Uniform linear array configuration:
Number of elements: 64
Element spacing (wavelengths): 0.5
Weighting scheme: cosine
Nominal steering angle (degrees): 15
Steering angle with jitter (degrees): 16.296
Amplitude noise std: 0.05
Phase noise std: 0.05

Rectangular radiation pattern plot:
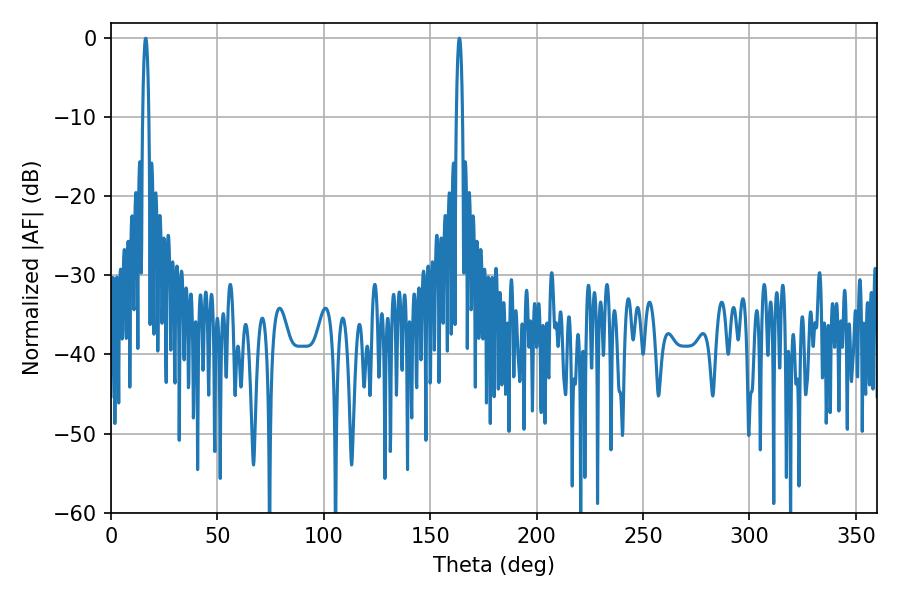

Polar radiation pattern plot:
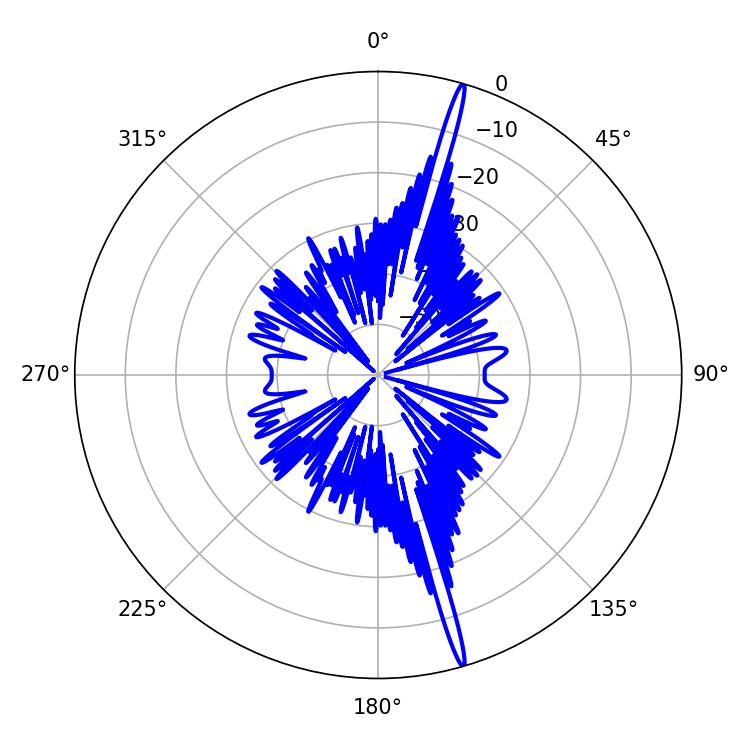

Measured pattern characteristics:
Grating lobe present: FALSE
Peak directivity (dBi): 20.361
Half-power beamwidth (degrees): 1.62
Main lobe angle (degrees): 16.38